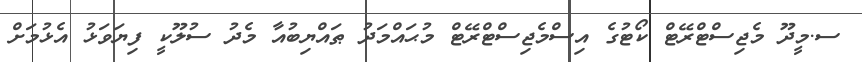
ސ.މީދޫ މެޖިސްޓްރޭޓް ކޯޓުގެ އިސްމެޖިސްޓްރޭޓް މުޙައްމަދު ޠައްޔިބުއާ މެދު ސުލޫކީ ފިޔަވަޅު އެޅުމަށް